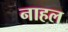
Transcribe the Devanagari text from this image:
नाहल